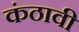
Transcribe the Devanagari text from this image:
कंठावी